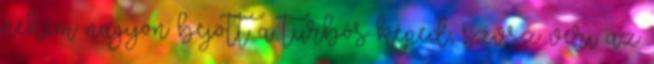
nekem nagyon bejött a turbós képed, szvsz veri az